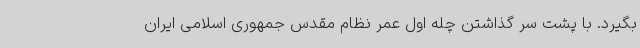
بگیرد. با پشت سر گذاشتن چله اول عمر نظام مقدس جمهوری اسلامی ایران